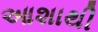
આશાથી